Civil Veterinary Dept. Bombay admin report 1923-31 - 1923-1931
Year: 1923
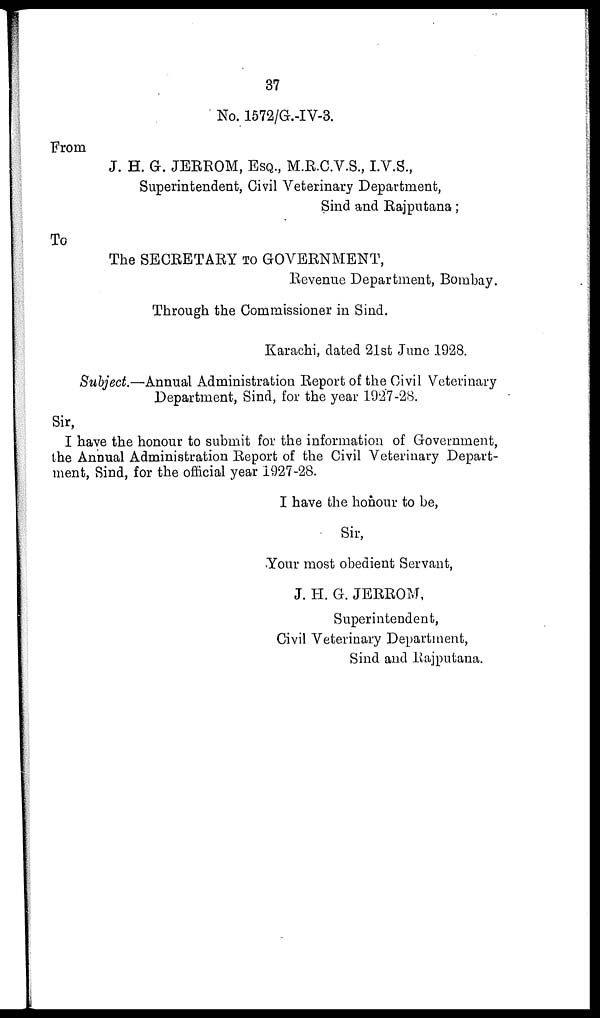
37
No. 1572/G.-IV-3.
From
J. H. G. JERROM, ESQ., M.R.C.V.S., I.V.S.,
Superintendent, Civil Veterinary Department,
Sind and Rajputana;
To
The SECRETARY TO GOVERNMENT,
Revenue Department, Bombay.
Through the Commissioner in Sind.
Karachi, dated 21st June 1928.
Subject.—Annual Administration Report of the Civil Veterinary
Department, Sind, for the year 1927-28.
Sir,
I have the honour to submit for the information of Government,
the Annual Administration Report of the Civil Veterinary Depart-
ment, Sind, for the official year 1927-28.
I have the honour to be,
Sir,
Your most obedient Servant,
J. H. G. JERROM,
Superintendent,
Civil Veterinary Department,
Sind and Rajputana.